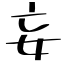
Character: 妄